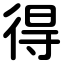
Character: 得